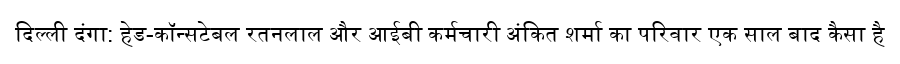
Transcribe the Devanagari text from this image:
दिल्ली दंगा: हेड-कॉन्सटेबल रतनलाल और आईबी कर्मचारी अंकित शर्मा का परिवार एक साल बाद कैसा है